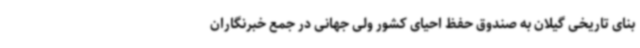
بنای تاریخی گیلان به صندوق حفظ احیای کشور ولی جهانی در جمع خبرنگاران